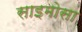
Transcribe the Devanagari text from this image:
साइमोसा